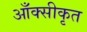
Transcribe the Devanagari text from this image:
आँक्सीकृत